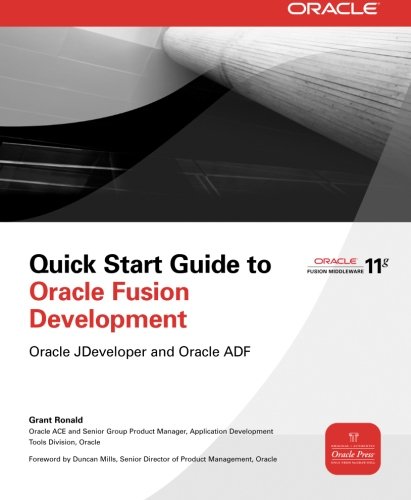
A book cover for Quick Start Guide to Oracle Fusion Development: Oracle JDeveloper and Oracle ADF (Oracle Press); Grant Ronald; Computers & Technology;